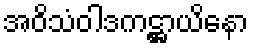
အဝိသံဝါဒကဋ္ဌာယိနော